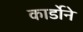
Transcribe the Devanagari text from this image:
कार्डोने